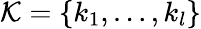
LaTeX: \mathcal{K}=\{ k_{1},\ldots,k_{l}\}